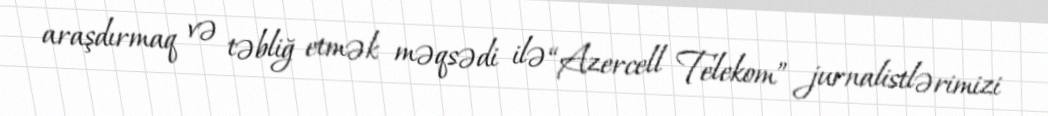
araşdırmaq və təbliğ etmək məqsədi ilə “Azercell Telekom” jurnalistlərimizi